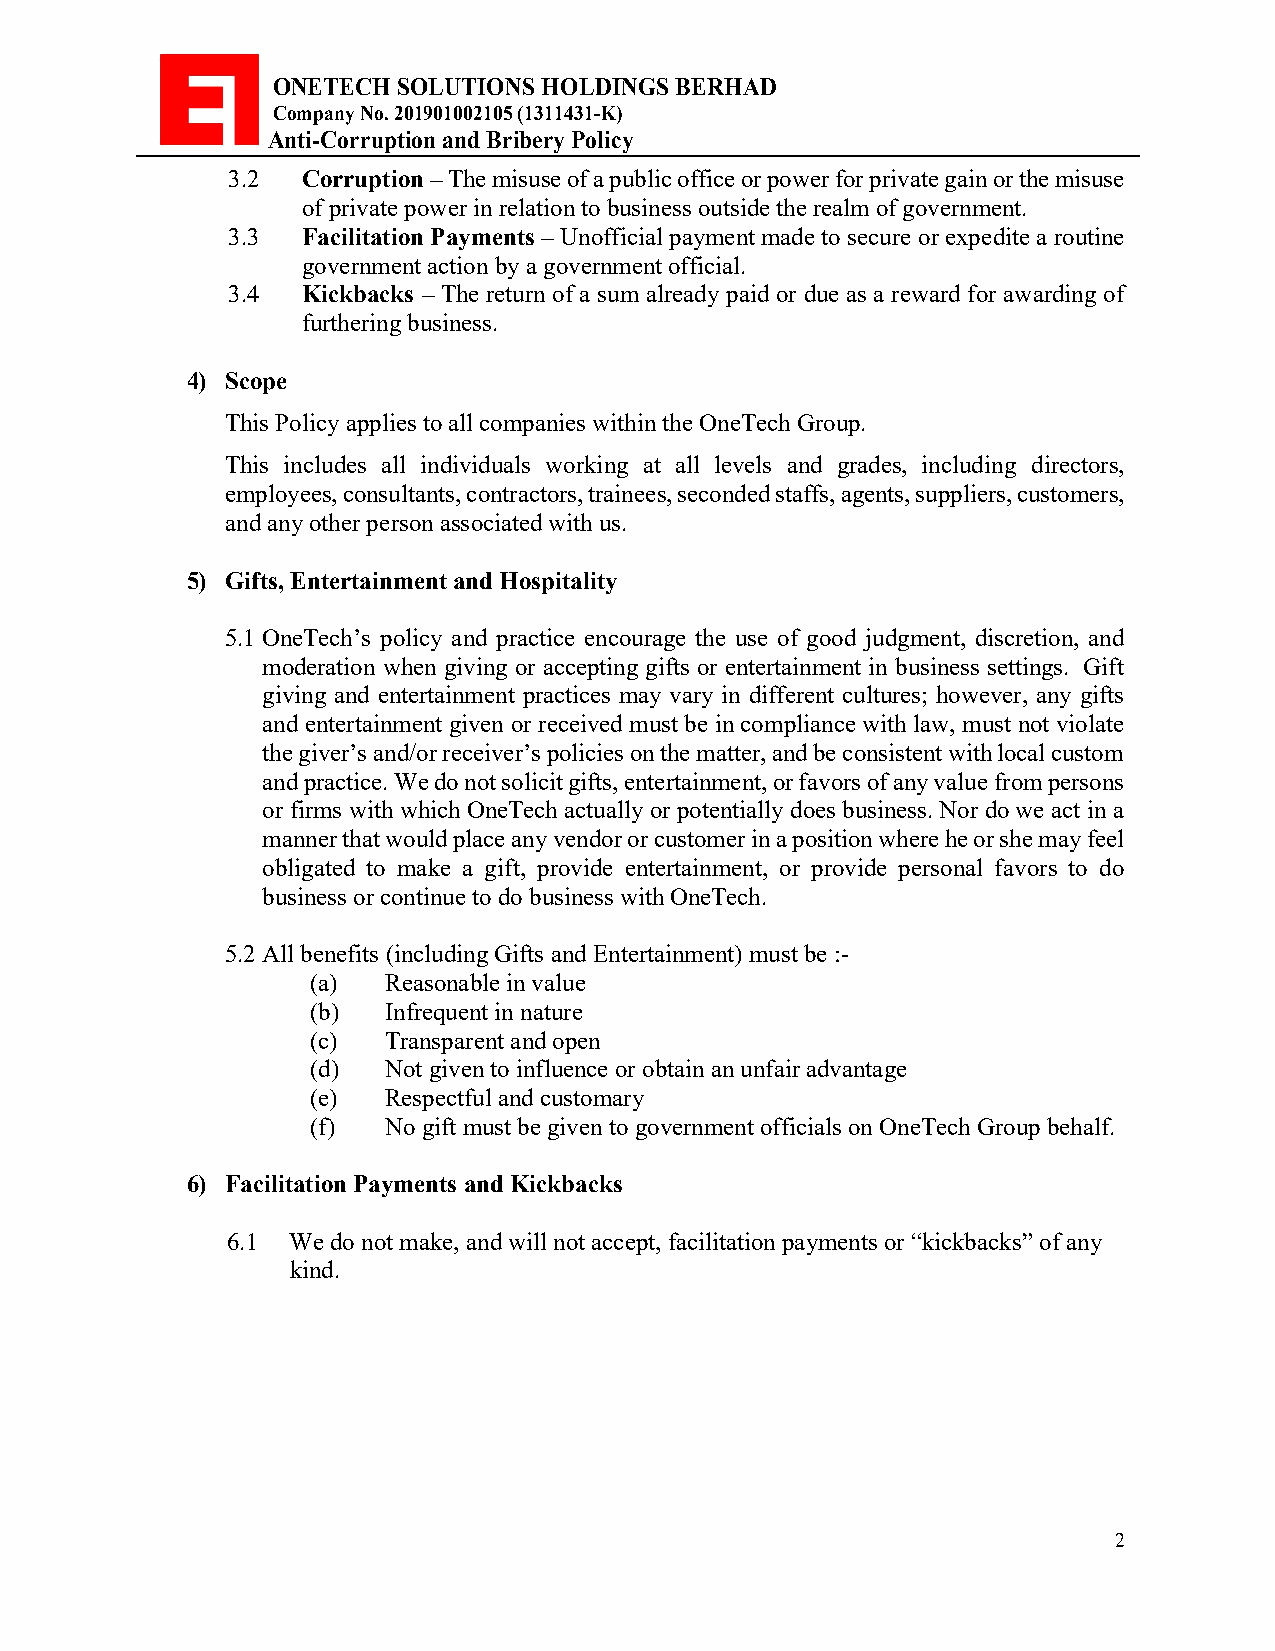
ONETECH SOLUTIONS HOLDINGS BERHAD
 Company No. 201901002105 (1311431-K)
 Anti-Corruption and Bribery Policy
 3.2  Corruption – The misuse of a public office or power for private gain or the misuse
 of private power in relation to business outside the realm of government.
 3.3  Facilitation Payments – Unofficial payment made to secure or expedite a routine
 government action by a government official.
 3.4  Kickbacks – The return of a sum already paid or due as a reward for awarding of
 furthering business.
 4) Scope
 This Policy applies to all companies within the OneTech Group.
 This includes all individuals working at all levels and grades, including directors,
 employees, consultants, contractors, trainees, seconded staffs, agents, suppliers, customers,
 and any other person associated with us.
 5) Gifts, Entertainment and Hospitality
 5.1 OneTech’s policy and practice encourage the use of good judgment, discretion, and
 moderation when giving or accepting gifts or entertainment in business settings. Gift
 giving and entertainment practices may vary in different cultures; however, any gifts
 and entertainment given or received must be in compliance with law, must not violate
 the giver’s and/or receiver’s policies on the matter, and be consistent with local custom
 and practice. We do not solicit gifts, entertainment, or favors of any value from persons
 or firms with which OneTech actually or potentially does business. Nor do we act in a
 manner that would place any vendor or customer in a position where he or she may feel
 obligated to make a gift, provide entertainment, or provide personal favors to do
 business or continue to do business with OneTech.
 5.2 All benefits (including Gifts and Entertainment) must be :-
 (a) Reasonable in value
 (b) Infrequent in nature
 (c) Transparent and open
 (d) Not given to influence or obtain an unfair advantage
 (e) Respectful and customary
 (f) No gift must be given to government officials on OneTech Group behalf.
 6) Facilitation Payments and Kickbacks
 6.1 We do not make, and will not accept, facilitation payments or “kickbacks” of any
 kind.
 2